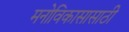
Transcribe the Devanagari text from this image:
मनोविकासासाठी